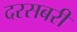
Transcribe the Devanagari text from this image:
दरसबरी